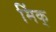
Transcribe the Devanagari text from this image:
मिंक्